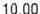
10.00